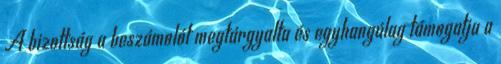
A bizottság a beszámolót megtárgyalta és egyhangúlag támogatja a